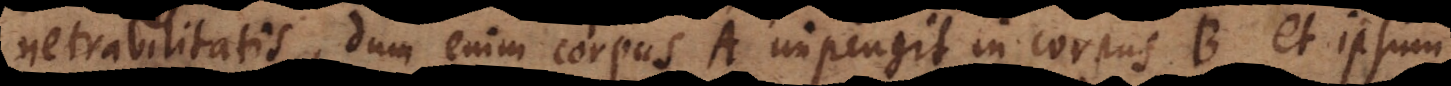
netrabilitatis, dum enim corpus A impingit in corpus B, et ipsum